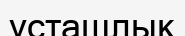
ұсташлық